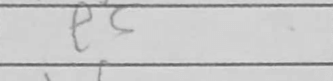
Transcription: e5